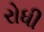
રોધી